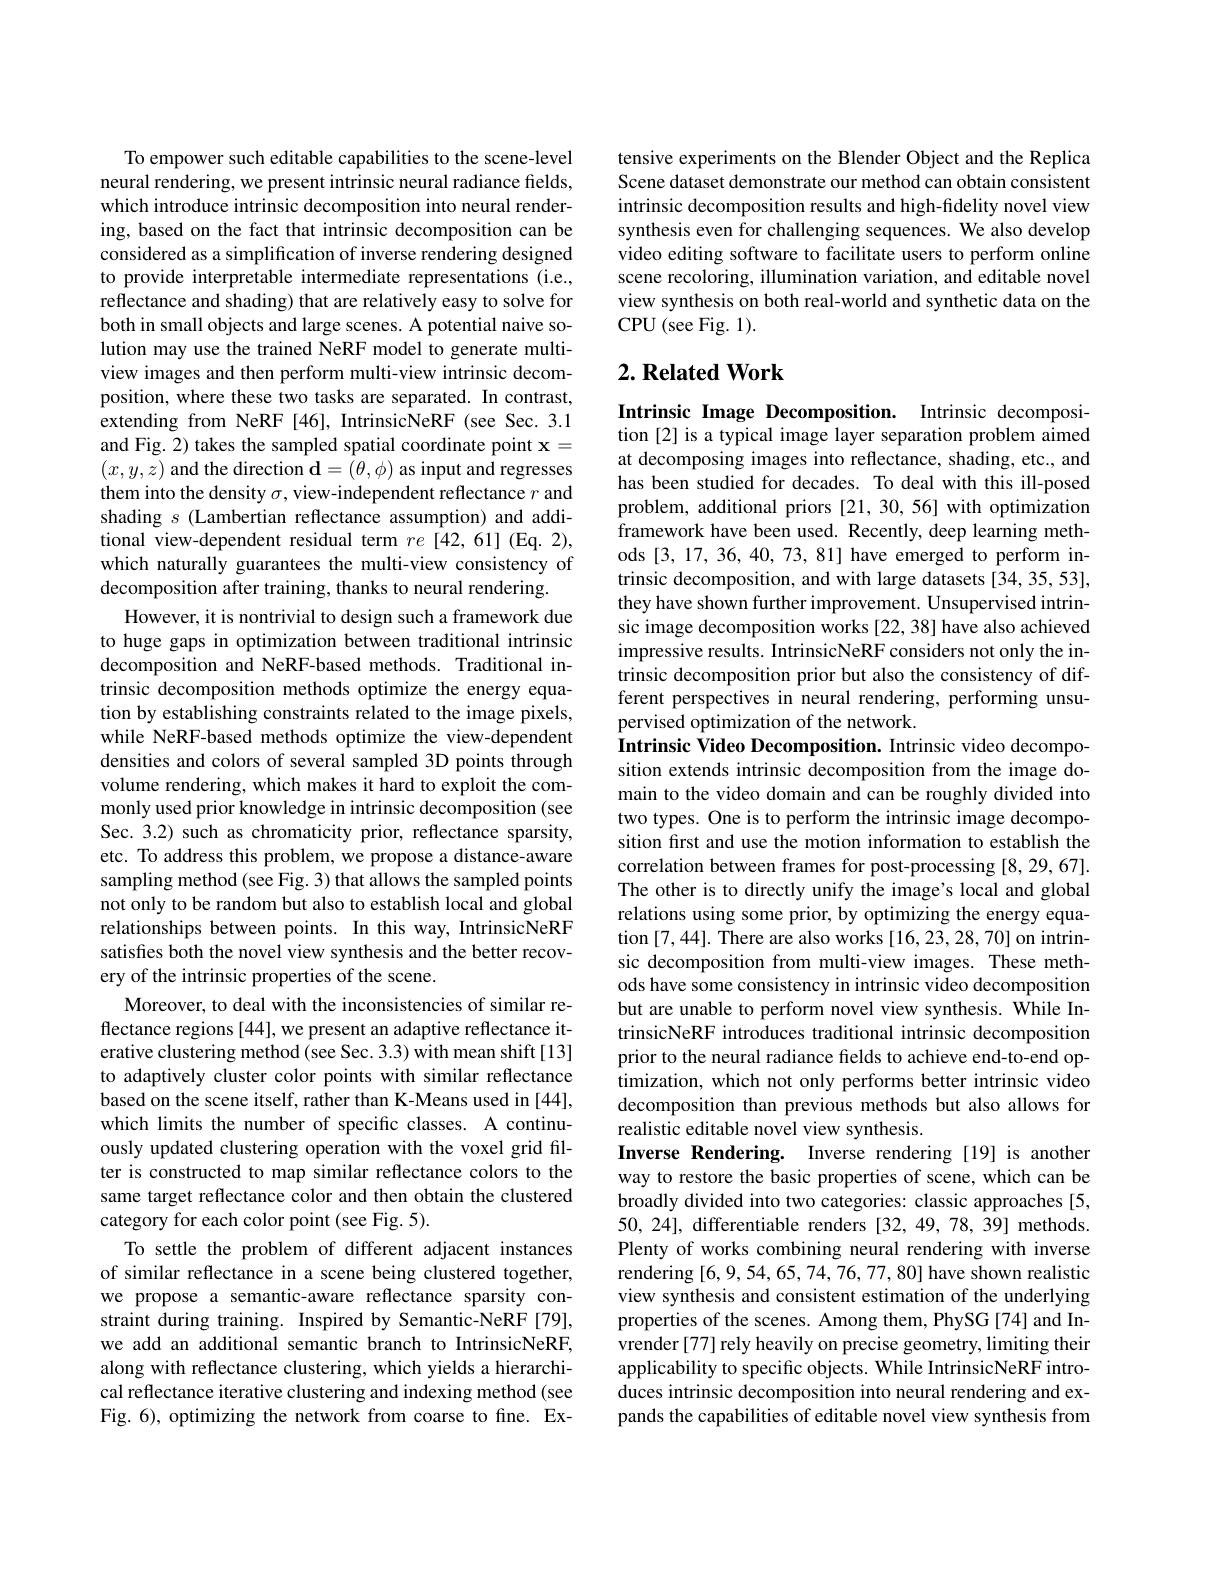
To empower such editable capabilities to the scene-level neural rendering, we present intrinsic neural radiance fields, which introduce intrinsic decomposition into neural rendering, based on the fact that intrinsic decomposition can be considered as a simplification of inverse rendering designed to provide interpretable intermediate representations (i.e., reflectance and shading) that are relatively easy to solve for both in small objects and large scenes. A potential naive solution may use the trained NeRF model to generate multiview images and then perform multi-view intrinsic decomposition, where these two tasks are separated. In contrast, extending from NeRF[46], IntrinsicNeRF (see Sec.3.1 and Fig. 2) takes the sampled spatial coordinate point $\mathbf{x}=$ $(x,y,z)$ and the direction $\mathbf{d}=(\theta,\phi)$ as input and regresses them into the density $\sigma$, view-independent reflectance $r$ and shading $s$ (Lambertian reflectance assumption) and additional view-dependent residual term $re[42,61]$ (Eq.2), which naturally guarantees the multi-view consistency of decomposition after training, thanks to neural rendering.
However, it is nontrivial to design such a framework due to huge gaps in optimization between traditional intrinsic decomposition and NeRF-based methods. Traditional intrinsic decomposition methods optimize the energy equation by establishing constraints related to the image pixels, while NeRF-based methods optimize the view-dependent densities and colors of several sampled 3D points through volume rendering, which makes it hard to exploit the commonly used prior knowledge in intrinsic decomposition (see Sec. 3.2) such as chromaticity prior, reflectance sparsity, etc. To address this problem, we propose a distance-aware sampling method (see Fig. 3) that allows the sampled points not only to be random but also to establish local and global relationships between points. In this way, IntrinsicNeRF satisfies both the novel view synthesis and the better recovery of the intrinsic properties of the scene.
Moreover, to deal with the inconsistencies of similar reflectance regions [44], we present an adaptive reflectance iterative clustering method (see Sec. 3.3) with mean shift[13] to adaptively cluster color points with similar reflectance based on the scene itself, rather than K-Means used in [44], which limits the number of specific classes. A continuously updated clustering operation with the voxel grid filter is constructed to map similar reflectance colors to the same target reflectance color and then obtain the clustered category for each color point (see Fig. 5).
To settle the problem of different adjacent instances of similar reflectance in a scene being clustered together, we propose a semantic-aware reflectance sparsity constraint during training. Inspired by Semantic-NeRF[79], we add an additional semantic branch to IntrinsicNeRF, along with reflectance clustering, which yields a hierarchical reflectance iterative clustering and indexing method(see Fig. 6), optimizing the network from coarse to fine. Ex-

tensive experiments on the Blender Object and the Replica Scene dataset demonstrate our method can obtain consistent intrinsic decomposition results and high-fidelity novel view synthesis even for challenging sequences. We also develop video editing software to facilitate users to perform online scene recoloring, illumination variation, and editable novel view synthesis on both real-world and synthetic data on the CPU(see Fig. 1).

## $2. \textbf{Related Work}$

Intrinsic Image Decomposition. Intrinsic decomposition [2] is a typical image layer separation problem aimed at decomposing images into reflectance, shading, etc., and has been studied for decades. To deal with this ill-posed problem, additional priors [21,30,56] with optimization framework have been used. Recently, deep learning methods [3,17,36,40,73,81] have emerged to perform intrinsic decomposition, and with large datasets [34,35,53], they have shown further improvement. Unsupervised intrinsic image decomposition works [22,38] have also achieved impressive results. IntrinsicNeRF considers not only the intrinsic decomposition prior but also the consistency of different perspectives in neural rendering, performing unsupervised optimization of the network.
Intrinsic Video Decomposition. Intrinsic video decomposition extends intrinsic decomposition from the image domain to the video domain and can be roughly divided into two types. One is to perform the intrinsic image decomposition fırst and use the motion information to establish the correlation between frames for post-processing [8,29,67]. The other is to directly unify the image's local and global relations using some prior, by optimizing the energy equation [7,44]. There are also works [16,23,28,70] on intrinsic decomposition from multi-view images. These methods have some consistency in intrinsic video decomposition but are unable to perform novel view synthesis. While IntrinsicNeRF introduces traditional intrinsic decomposition prior to the neural radiance fields to achieve end-to-end optimization, which not only performs better intrinsic video decomposition than previous methods but also allows for realistic editable novel view synthesis.
Inverse Rendering. Inverse rendering [19] is another way to restore the basic properties of scene, which can be broadly divided into two categories: classic approaches [5, 50,24], differentiable renders [32,49,78,39] methods. Plenty of works combining neural rendering with inverse rendering [6,9,54,65,74,76,77,80] have shown realistic view synthesis and consistent estimation of the underlying properties of the scenes. Among them, PhySG [74] and Invrender [77] rely heavily on precise geometry, limiting their applicability to specific objects. While IntrinsicNeRF introduces intrinsic decomposition into neural rendering and expands the capabilities of editable novel view synthesis from